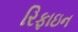
રિફાઇન